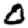
Digit: 0